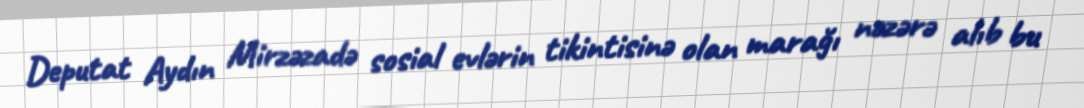
Deputat Aydın Mirzəzadə sosial evlərin tikintisinə olan marağı nəzərə alıb bu